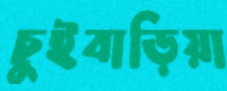
চুইবাড়িয়া